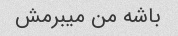
باشه من میبرمش